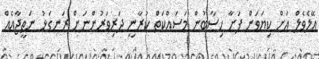
އޭލެވެލް އަށް ކިޔަވަން ފަށާ ހިސާބުން މަސައްކަތް ކުރާނީ ދަރިވަރުންނަށް ރަނގަޅު ނަތީޖާއެއް